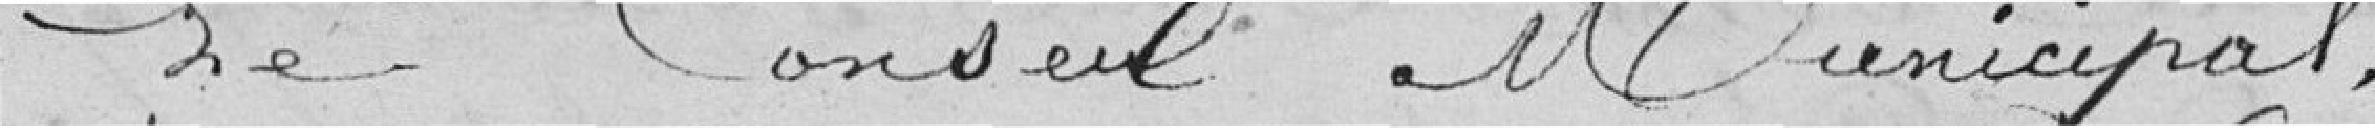
Le Conseil Municipal